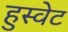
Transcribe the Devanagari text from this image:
हुस्वेट